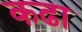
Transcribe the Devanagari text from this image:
कढा